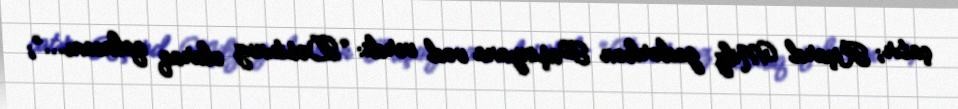
çatır; Riçard Milz gedərkən Paşinyana vəd verdi: “Dostunuz olaraq qalacam...”;